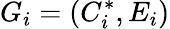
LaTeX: G_{i}=(C_{i}^{*},E_{i})